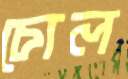
চোল